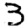
Digit: 3